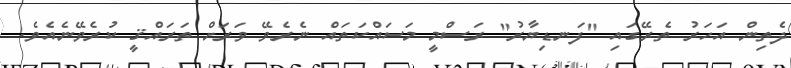
ދެތިން އަހަރު ތެރޭގައި "ފަނޑިޔާރު" ރަސްމީ މަސައްކަތައް ނެރެވޭ ވަރަށް ތަރައްޤީ ކުރެވޭނެއެވެ.